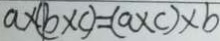
a \times ( b \times c ) = ( a \times c ) \times b